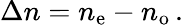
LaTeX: \Delta n=n_{\mathrm{e}}-n_{\mathrm{o}}\, .